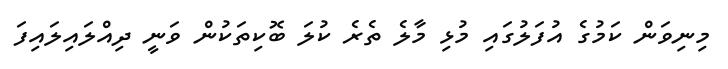
މިނިވަން ކަމުގެ އުފަލުގައި މުޅި މާލެ ތެރެ ކުލަ ބޮކިތަކުން ވަނީ ދިއްލައިލައިފަ